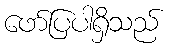
ဖော်ပြပါရှိသည်